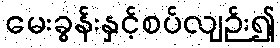
မေးခွန်းနှင့်စပ်လျဉ်း၍